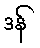
ဒန်